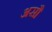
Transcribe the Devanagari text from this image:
असौ